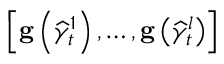
\left[ \mathbf { g } \left( \widehat { \gamma } _ { t } ^ { 1 } \right) , \ldots , \mathbf { g } \left( \widehat { \gamma } _ { t } ^ { l } \right) \right]